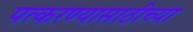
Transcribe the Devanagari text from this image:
पत्करण्यासाठीच्या